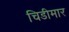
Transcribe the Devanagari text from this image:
चिडीमार